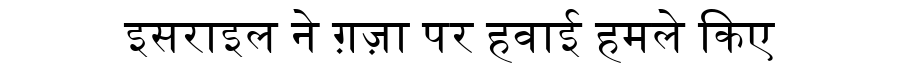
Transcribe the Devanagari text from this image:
इसराइल ने ग़ज़ा पर हवाई हमले किए